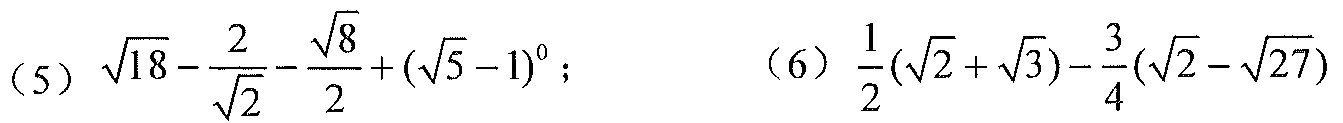
（5）\(\sqrt{18}-\frac{2}{\sqrt{2}}-\frac{\sqrt{8}}{2}+(\sqrt{5}-1)^{0}\)； （6）\(\frac{1}{2}(\sqrt{2}+\sqrt{3})-\frac{3}{4}(\sqrt{2}-\sqrt{27})\)